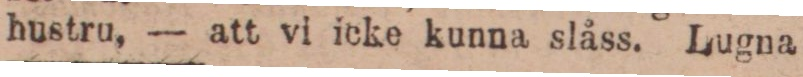
hustru, — att vi icke kunna slåss. Lugna